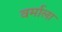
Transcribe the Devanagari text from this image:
वर्माला